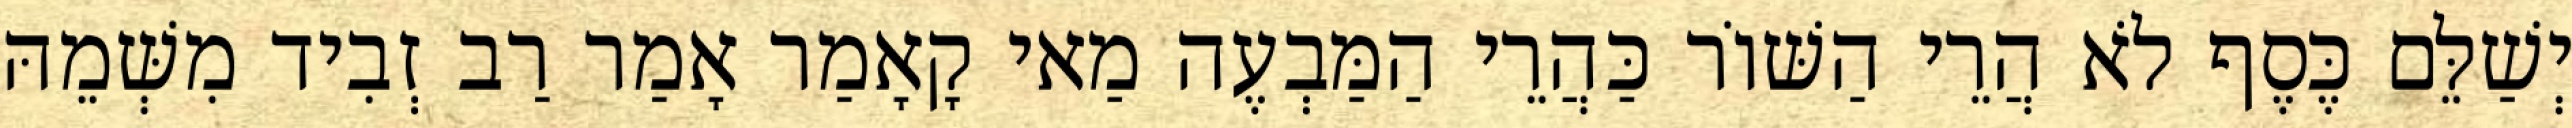
יְשַׁלֵּם כֶּסֶף לֹא הֲרֵי הַשּׁוֹר כַּהֲרֵי הַמַּבְעֶה מַאי קָאָמַר אָמַר רַב זְבִיד מִשְּׁמֵהּ